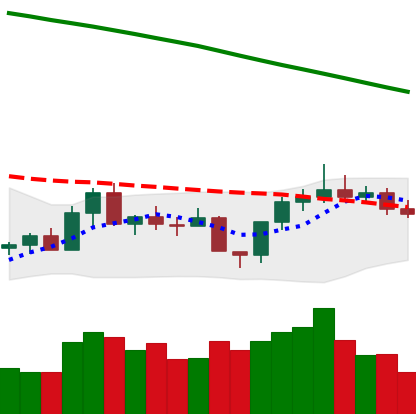
Ticker: XLM-USD
Chart end date: 2022-08-03
Forward return: 13.944%
Label: up_7plus